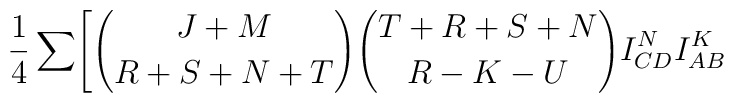
{1 \over 4}\sum\Biggl[{{J+M} \choose {R+S+N+T}}{{T+R+S+N}\choose {R-K-U}}I^N_{CD}I^K_{AB}